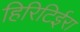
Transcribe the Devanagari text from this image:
हिरिटिईरा